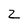
Character: 2